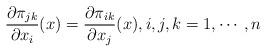
LaTeX: \begin{align*}\frac{\partial \pi_{jk}}{\partial x_i}(x) = \frac{\partial \pi_{ik}}{\partial x_j}(x), i,j,k=1, \cdots,n\end{align*}